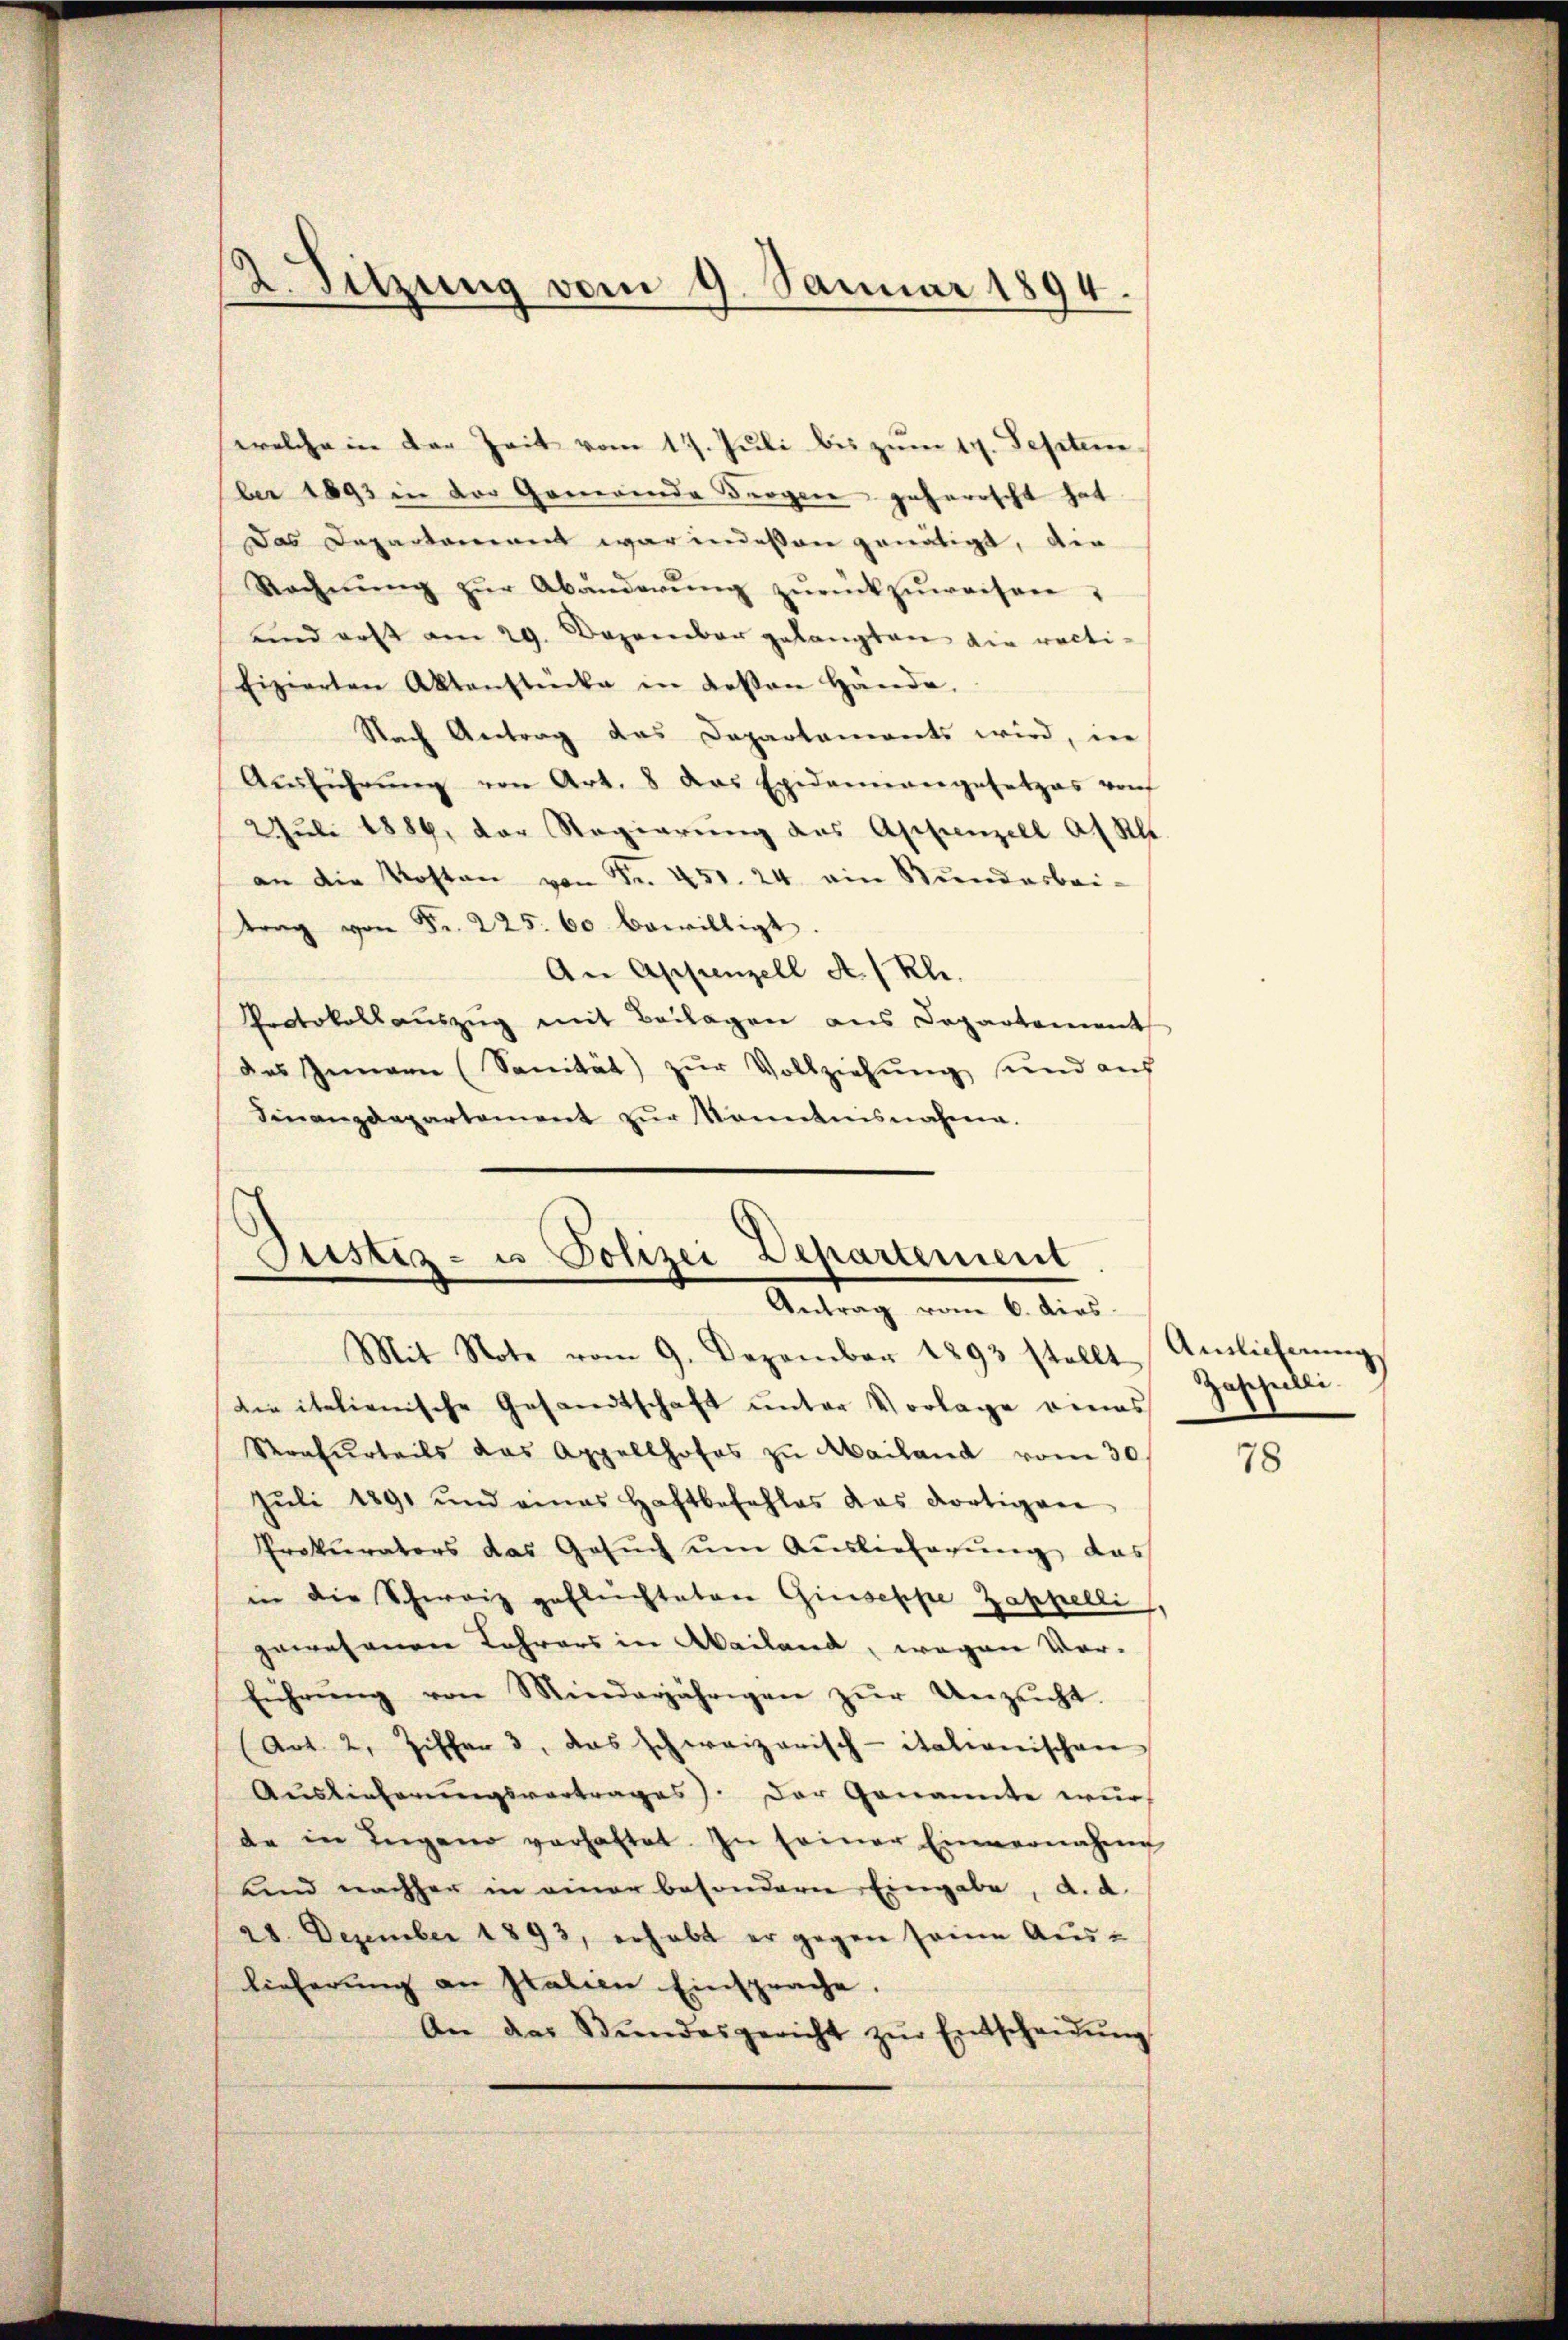
2. Sitzung vom 9. Januar 1894.

welche in der Zeit vom 17. Juli bis zum 19. September 1893 in der Generende Bergen jeherrscht hat
Das Departement war indeßen genätigt, die
Rechnŭng zŭr Abänderŭng zŭrückzŭweisen?
und erst am 29. Dezember gelangten die recti-
fizierten Aktenstücke in Lesen Hände,
Nach Antrag das Departaments wird, in
Aŭsführŭng von Art. 8 das Epidemangesetzes von
2 Juli 1884, der Regierŭng des Appenzell A. S.
an die Kosten von Fr. 451. 24. ein Rŭndarbei-
trag von Fr. 225. 60 bewilligt.
An Appenzell A/Rh.
Protokollauszug mit Beilagen aus Departement
das Innern (Sanität) zŭr Vollziehung sind auf
Sinanzdepartement zŭr Kenntnisnahme.

ustiz- u. Polizei Departement
Antrag vom 6. dies

Mit Note vom 9. Dezember 1893 stellt Amlichnŭngs
die italienische Gesandtschaft unter Vorlage eines
Strafurteils das Appellhofes zŭ Mailand vom 30.
Jŭli 1891 und eines Haftbefehles das dortigen
Prokurators das Gesŭch ŭm Aŭslieferŭng das
in die Schweiz geflechteten Giuseppe Zappelli
gewesenen Lehrers in Mailand, wegen Vorführŭng von Minderjährigen zŭr Unzeicht.
Art. 2, Ziffer 3, das schweizerisch-itationischen
Auslieferungsvertrages). Der Genannte wur
de in Ingano verhaftet. In seiner Einvernahme
Kind nachher in einer besondere Eingabe, d. d.
28. Dezember 1893, erhabt er gegen seine Aus-
lieferung an Italien Einsprache.
An der Stŭndesgericht zŭr Entscheidŭng

Zastheilli

78